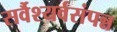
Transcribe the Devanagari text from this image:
सर्वैश्यर्वसंपन्न